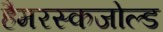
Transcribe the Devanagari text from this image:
हैमरस्कजोल्ड